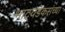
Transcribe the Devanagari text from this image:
भाटवडेकरांच्या